Lunatic asylums Madras 1877-1891 - 1877-1891
Year: 1877
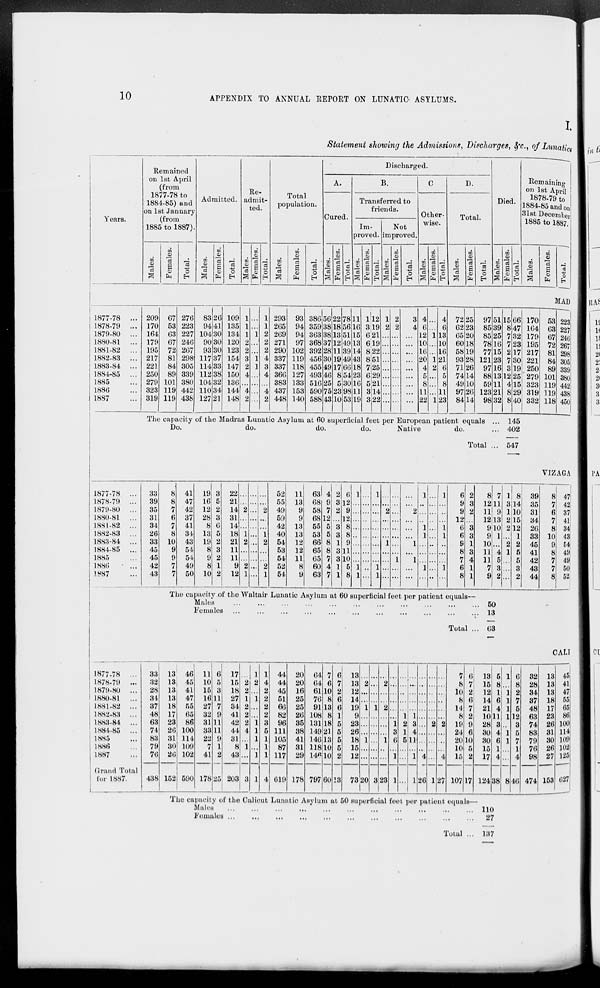
10
APPENDIX TO ANNUAL REPORT ON LUNATIC ASTLUMS.
I.
Statement showing the Admissions, Discharges, &c., of Lunatics
Years.
1877-78 ...
1878-79 ...
1879-80 ...
1880-81 ...
1881-82 ...
1882-83 ...
1883-84 ...
1884-85 ...
1885 ...
1886 ...
1887 ...
Remained
on 1st April
(from
1877-78 to
1884-85) and
on 1st January
(from
1885 to 1887).
Males.
209
170
164
179
195
217
221
250
279
323
319
Females.
67
53
63
67
72
81
84
89
101
119
119
Total.
276
223
227
246
267
298
305
339
380
442
438
Admitted.
Males.
83
94
104
90
93
117
114
112
104
110
127
Females.
26
41
30
30
30
37
33
38
32
34
21
Total.
109
135
134
120
123
154
147
150
136
144
148
Re-
admit-
ted.
Males.
1
1
1
2
2
3
2
4
...
4
2
Females.
...
...
1
...
...
1
1
...
...
...
...
Total.
1
1
2
2
2
4
3
4
...
4
2
Total
population.
Males.
293
265
269
271
290
337
337
366
383
437
448
Females.
93
94
94
97
102
119
118
127
133
153
140
Total.
386
359
363
368
392
456
455
493
516
590
588
Discharged.
A.
Cured.
Males.
56
38
38
37
28
30
49
46
25
75
43
Females.
22
18
13
12
11
19
17
8
5
23
10
Total.
78
56
51
49
39
49
66
54
30
98
53
B.
Transferred to
friends.
Im-
proved.
Males.
11
16
15
13
14
43
18
23
16
11
19
Females.
1
3
6
6
8
8
7
6
5
3
3
Total.
12
19
21
19
22
51
25
29
21
14
22
Not
improved.
Males.
1
2
...
...
...
...
...
...
...
...
...
Females.
2
2
...
...
...
...
...
...
...
...
...
Total.
3
4
...
...
...
...
...
...
...
...
...
C.
Other-
wise.
Males.
4
6
12
10
16
20
4
5
8
11
22
Females.
...
...
1
...
...
1
2
...
...
...
1
Total.
4
6
13
10
16
21
6
5
8
11
23
D.
Total.
Males.
72
62
65
60
58
93
71
74
49
97
84
Females.
25
23
20
18
19
28
26
14
10
26
14
Total.
97
85
85
78
77
121
97
88
59
123
98
Died.
Males.
51
39
25
16
15
23
16
13
11
21
32
The capacity of the Madras Lunatic Asylum at 60 superficial feet per European patient equals ...
Do.
do.
do.
do.
Native
do. ...
Total ...
Females.
15
8
7
7
2
7
3
12
4
8
8
Total.
66
47
32
23
17
30 19
25
15
29
40
Remaining
on 1st April
1878-79 to
1884-85 and on
31st December
1885 to 1887.
Males.
170
164
179
195
217
221
250
279
323
319
332
Females.
Total.
MAD
53
63
67
72
81
84
89
101
119
119
118
223
227
246
267
298
305
339
380
442
438
450
145
402
547
1877-78 ...
1878-79 ...
1879-80 ...
1880-81 ...
1881-82 ...
1882-83 ...
1883-84 ...
1884-85 ...
1885 ...
1886 ...
1887 ...
33
39
35
31
34
26
33
45
45
42
43
8
8
7
6
7
8
10
9
9
7
7
41
47
42
37
41
34
43
54
54
49
50
19
16
12
28
8
13
19
8
9
8
10
3
5
2
3
6
5
2
3
2
1
2
22
21
14
31
14
18
21
11
11
9
12
...
...
2
...
...
1
2
...
...
2
1
...
...
...
...
...
...
...
...
...
...
...
...
...
2
...
...
1
2
...
...
2
1
52
55
49
59
42
40
54
53
54
52
54
11
13
9
9
13
13
12
12
11
8
9
63
68
58
68
55
53
66
65
65
60
63
4
9
7
12
5
5
8
8
7
4
7
2
3
2
...
3
3
1
3
3
1
1
6
12
9
12
8
8
9
11
10
5
8
1
...
...
...
...
...
...
...
...
1
1
...
...
...
...
...
...
...
...
...
...
...
1
...
...
...
...
...
...
...
...
1
1
...
...
2
...
...
...
1
...
...
...
...
...
...
...
...
...
...
...
...
1
...
...
...
...
2
...
...
...
1
...
1
...
...
1
...
...
...
1
1
...
...
...
1
...
...
...
...
...
...
...
...
...
...
...
...
1
...
..
...
1
1
...
...
...
1
...
6
9
9
12
6
6
9
8
7
6
8
2
3
2
...
3
3
1
3
4
1
1
8
12
11
12
9
9
10
11
11
7
9
The capacity of the Waltair Lunatic Asylum at 60 superficial feet per patient equals—
Males ... ... ... ... ... ... ... ... ... ... ...
Females ... ... ... ... ... ... ... ... ... ... ...
Total ...
7
11
9
13
10
1
...
4
5
3
2
1
3
1
2
2
...
2
1
...
...
...
8
14
10
15
12
1
2
5
5
3
2
39
35
31
34
26
33
45
41
42
43
44
VIZAGA
8
7
6
7
8
10
9
8
7
7
8
47
42
37
41
34
43
54
49
49
50
52
50
13
63
1877-78 ...
1878-79 ...
1879-80 ...
1880-81 ...
1881-82 ...
1882-83 ...
1883-84 ...
1884-85 ...
1885 ...
1886 ...
1887 ...
Grand Total
for 1887.
33
32
28
34
37
48
63
74
83
79
76
438
13
13
13
13
18
17
23
26
31
30
26
152
46
45
41
47
55
65
86
100
114
109
102
590
11
10
15
16
27
32
31
33
22
7
41
178
6
5
3
11
7
9
11
11
9
1
2
25
17
15
18
27
34
41
42
44
31
8
43
203
...
2
2
1
2
2
2
4
...
1
...
3
1
2
...
1
...
...
1
1
1
...
1
1
1
4
2
2
2
2
3
5
1
1
1
4
44
44
45
51
66
82
96
111
105
87
117
619
20
20
16
25
25
26
35
38
41
31
29
178
64
64
61
76
91
108
131
149
146
118
146
797
7
6
10
8
13
8
18
21
13
10
10
60
6
7
2
6
6
1
5
5
5
5
2
13
13
13
12
14
19
9
23
26
18
15
12
73
...
2
...
...
1
...
...
...
1
...
...
20
...
...
...
...
1
...
...
...
...
...
...
3
...
2
...
...
2
...
...
...
1
...
...
23
...
...
...
...
...
...
1
3
6
...
1
1
...
...
...
...
...
1
2
1
5
...
...
...
...
...
...
...
...
1
3
4
11
...
1
1
...
...
...
...
...
...
...
...
...
...
4
26
...
...
...
...
...
...
2
...
...
...
...
1
...
...
...
...
...
...
2
...
...
...
4
27
7
8
10
8
14
8
19
24
20
10
15
107
6
7
2
6
7
2
9
6
10
5
2
17
13
15
12
14
21
10
28
30
30
15
17
124
The capacity of the Calicut Lunatic Asylum at 50 superficial feet per patient equals—
Males
...
...
...
...
...
...
...
...
...
...
...
Females
...
...
...
...
...
...
...
...
...
...
Total ...
5
8
1
6
4
11
3
4
6
1
4
38
1
...
1
1
1
1
...
1
1
...
...
8
6
8
2
7
5
12
3
5
7
1
4
46
32
28
34
37
48
63
74
83
79
76
98
474
CALI
13
13
13
18
17
23
26
31
30
26
27
153
45
41
47
55
65
86
100
114
109
102
125
627
110
27
137